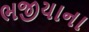
ભજીયાના